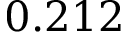
0 . 2 1 2